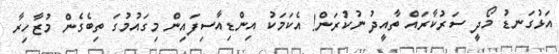
އަޅުގަނޑު މޯދީ ސަރުކާރައް ތާއީދު ނުކުރަން! އެކަމަކު އިންޑިއާސިފައިން މިގައުމުގަ ތިބެގެން މުޒާހިރާ